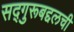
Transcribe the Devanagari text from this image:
सद्‌गुरूबद्दलची